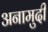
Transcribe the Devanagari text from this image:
अनामुदी